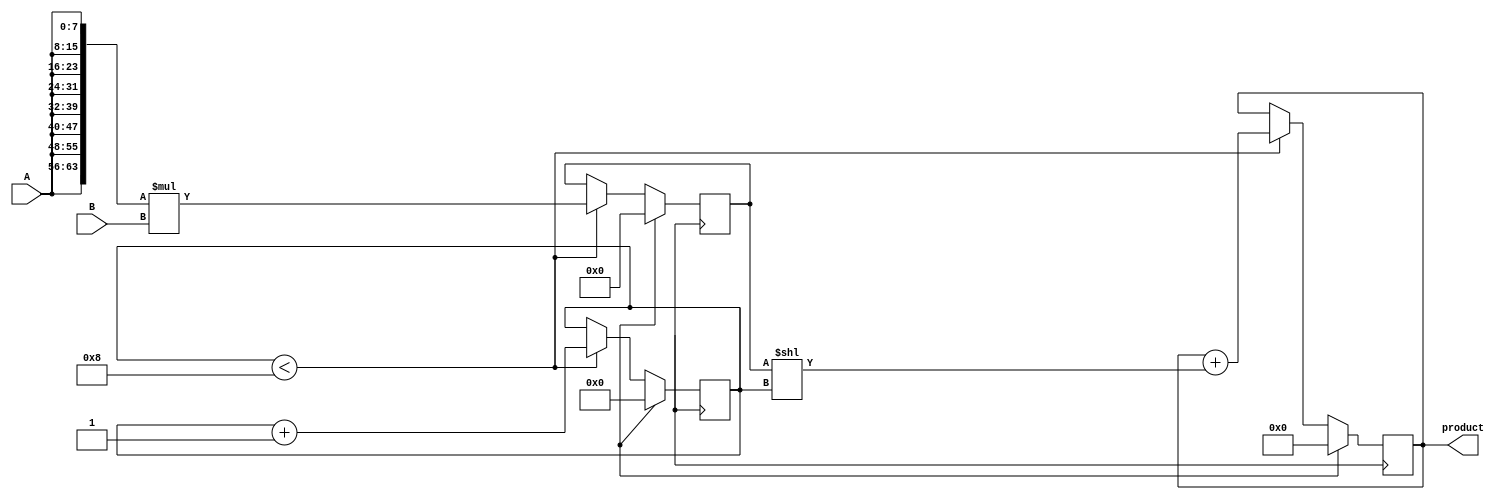
module multiplier (
    input [7:0] A,
    input [7:0] B,
    output reg [15:0] product
);

reg [7:0] partial_product;
reg [3:0] shift_counter;

always @(posedge clk) begin
    if (reset) begin
        shift_counter <= 0;
        partial_product <= 0;
        product <= 0;
    end else begin
        if (shift_counter < 8) begin
            partial_product <= {8{A}} * B;
            product <= product + (partial_product << shift_counter);
            shift_counter <= shift_counter + 1;
        end
    end
end

endmodule